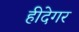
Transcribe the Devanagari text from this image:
हीदेगर